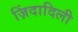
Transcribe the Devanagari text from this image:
ज़िंदादिली